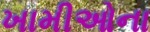
ખામીઓના